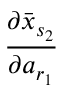
\frac { \partial \bar { x } _ { s _ { 2 } } } { \partial a _ { r _ { 1 } } }